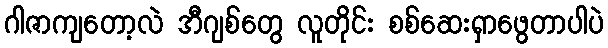
ဂါဇာကျတော့လဲ အီဂျစ်တွေ လူတိုင်း စစ်ဆေးရှာဖွေတာပါပဲ